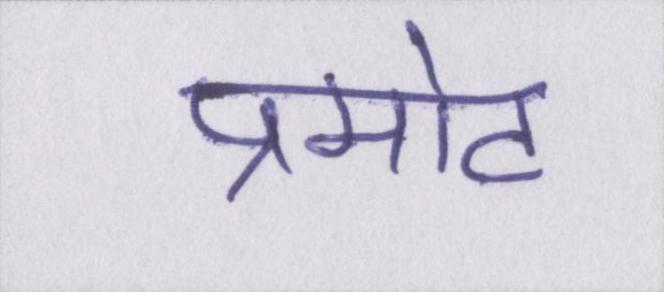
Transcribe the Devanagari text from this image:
प्रमोट